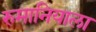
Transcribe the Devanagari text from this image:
रुमानियाला